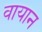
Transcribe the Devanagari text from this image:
वायान